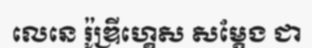
លេនេ រ៉ូឌ្រីហ្គេស សម្តែង ជា